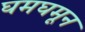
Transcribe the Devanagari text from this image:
घमघमून